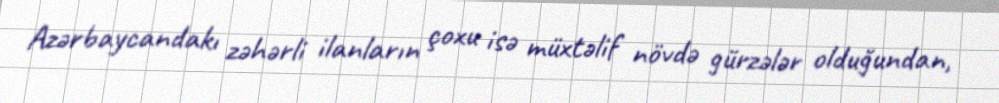
Azərbaycandakı zəhərli ilanların çoxu isə müxtəlif növdə gürzələr olduğundan,